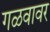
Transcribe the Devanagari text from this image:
गळवावर